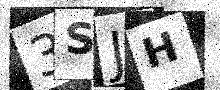
Text: 3SJH